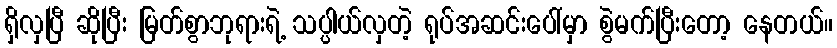
ရှိလှပြီ ဆိုပြီး မြတ်စွာဘုရားရဲ့ သပ္ပါယ်လှတဲ့ ရုပ်အဆင်းပေါ်မှာ စွဲမက်ပြီးတော့ နေတယ်။